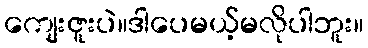
ကျေးဇူးပဲ။ဒါပေမယ့်မလိုပါဘူး။